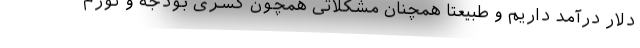
دلار درآمد داریم و طبیعتاً همچنان مشکلاتی همچون کسری بودجه و تورم